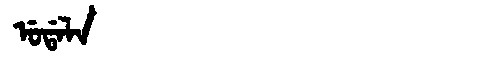
Manchu: ᡠᡩᠠᠯᠠ
Romanization: UDALA